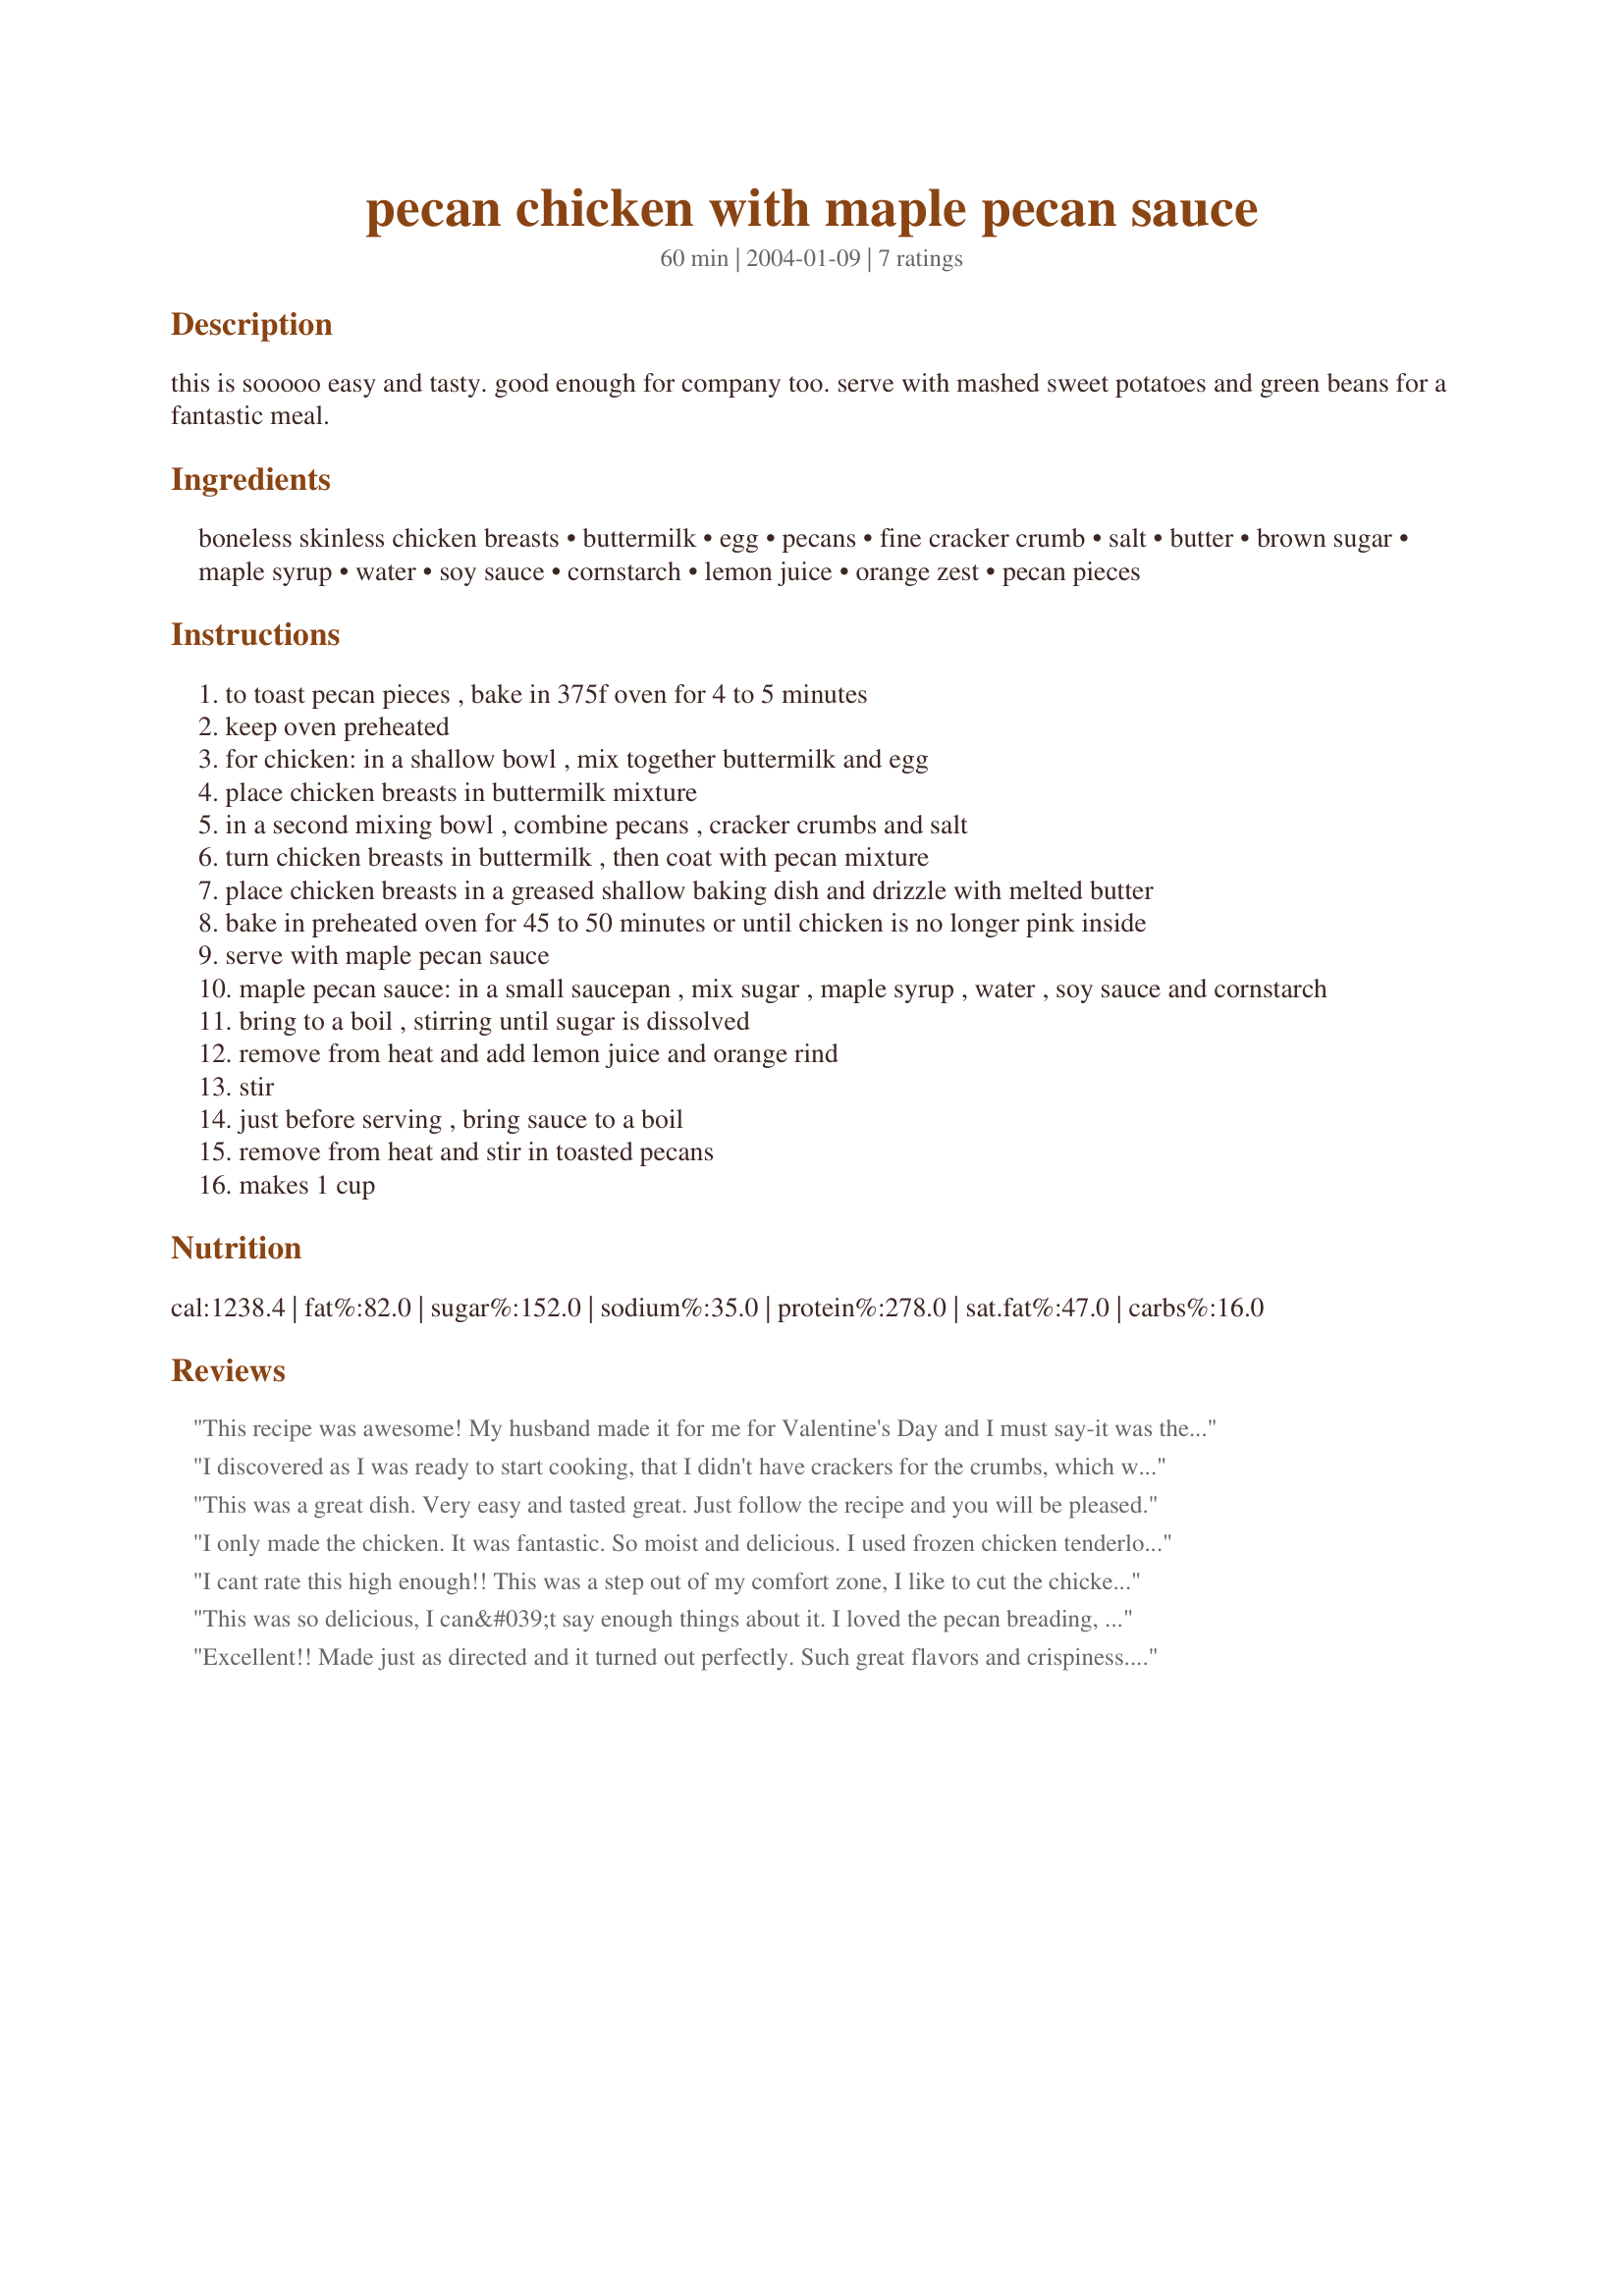
pecan chicken with maple pecan sauce
Preparation time: 60 minutes

this is sooooo easy and tasty. good enough for company too. serve with mashed sweet potatoes and green beans for a fantastic meal.

Ingredients:
boneless skinless chicken breasts, buttermilk, egg, pecans, fine cracker crumb, salt, butter, brown sugar, maple syrup, water, soy sauce, cornstarch, lemon juice, orange zest, pecan pieces

Steps:
to toast pecan pieces , bake in 375f oven for 4 to 5 minutes
keep oven preheated
for chicken: in a shallow bowl , mix together buttermilk and egg
place chicken breasts in buttermilk mixture
in a second mixing bowl , combine pecans , cracker crumbs and salt
turn chicken breasts in buttermilk , then coat with pecan mixture
place chicken breasts in a greased shallow baking dish and drizzle with melted butter
bake in preheated oven for 45 to 50 minutes or until chicken is no longer pink inside
serve with maple pecan sauce
maple pecan sauce: in a small saucepan , mix sugar , maple syrup , water , soy sauce and cornstarch
bring to a boil , stirring until sugar is dissolved
remove from heat and add lemon juice and orange rind
stir
just before serving , bring sauce to a boil
remove from heat and stir in toasted pecans
makes 1 cup

Reviews:
This recipe was awesome! My husband made it for me for Valentine's Day and I must say-it was the best meal I have ever had! He is not the cook in the family (that's usually my job :) but he found the recipe very easy to follow and it was absolutely delicious!!!!!
I discovered as I was ready to start cooking, that I didn't have crackers for the crumbs, which would have made the chicken a little crunchier, but the flavor of the chicken was just o.k. It could have used some seasoning. The pecan maple sauce, however, was nice. I may make the sauce again, but I'll play around and find another recipe for the chicken breading.
This was a great dish. Very easy and tasted great. Just follow the recipe and you will be pleased.
I only made the chicken. It was fantastic. So moist and delicious. I used frozen chicken tenderloins, a "staple" at my house. I also used a peach glaze out of a bottle for my sauce.
I cant rate this high enough!! This was a step out of my comfort zone, I like to cut the chicken into bite-sized pieces before cooking, goes further and easier to eat. I could see that this wouldnt work in this recipe, though, so I went as directed and SO glad that I did!!!! These chicken fillets were so tender and flavourful and the nutty crust is to die for. We did enjoy the accompanying sauce, but the chicken stands so well alone, in my book. I made the full recipe, for the two of us, thinking I would then use the chicken in another dish, but it is so TASTY, that I said to my husband, right, slice these, and they will be my office lunch for the next few days --- lovely bread, fresh rocket, a little mustard -- I am not generally a sandwich person but I am LOVING my lunches!!!! definitely a make-again, thank you Evelyn, this was made and enjoyed for International Agents of QUEST, USA Southern Region
This was so delicious, I can&#039;t say enough things about it. I loved the pecan breading, and the pecan maple sauce drizzled on top really finished off the dish quite nicely. It was super delicious and a real treat for us. This is one of those dishes to keep in mind for those evenings when you have dinner guests--they&#039;ll be impressed, not to mentioned satisfied and begging for your recipe. Thanks for sharing your recipe, evelyn/athens. Made for 2014 Culinary Quest. Yum!
Excellent!! Made just as directed and it turned out perfectly. Such great flavors and crispiness. I LOVED the sauce. It put this recipe over-the-top good. Thank you! Made for the International Agents of QUEST for the USA Southern region.
